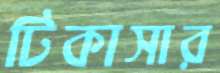
টিকাসার